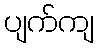
ပျက်ကျ